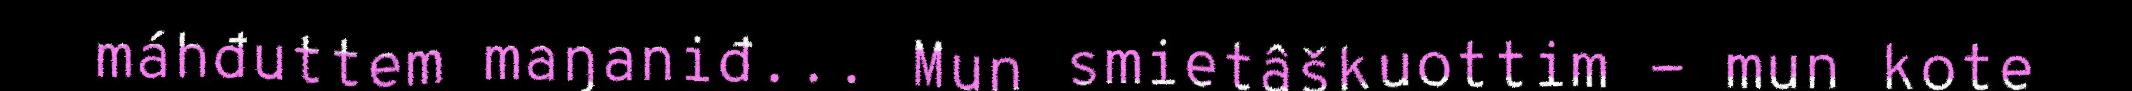
máhđuttem maŋaniđ... Mun smietâškuottim - mun kote